Lunatic asylums Central Provinces reports 1874-1885 - 1874-1885
Year: 1874
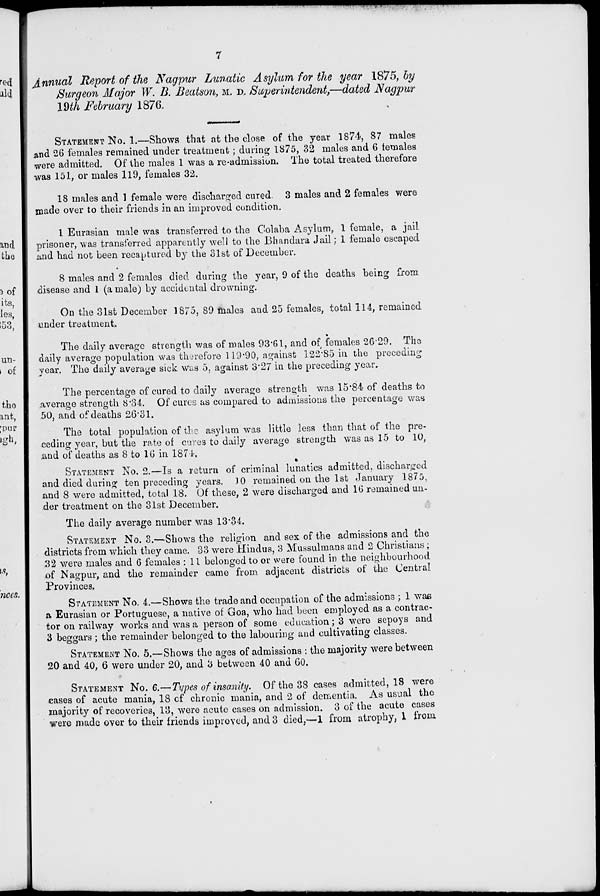
7
Annual Report of the Nagpur Lunatic Asylum for the year 1875, by
Surgeon Major W. B. Beatson, M. D. Superintendent,—dated Nagpur
19th February 1876.
STATEMENT No. 1.—Shows that at the close of the year 1874, 87 males
and 26 females remained under treatment ; during 1875, 32 males and 6 females
were admitted. Of the males 1 was a re-admission. The total treated therefore
was 151, or males 119, females 32.
18 males and 1 female were discharged cured. 3 males and 2 females were
made over to their friends in an improved condition.
1 Eurasian male was transferred to the Colaba Asylum, 1 female, a jail
prisoner, was transferred apparently well to the Bhandara Jail; 1 female escaped
and had not been recaptured by the 31st of December.
8 males and 2 females died during the year, 9 of the deaths being from
disease and 1 (a male) by accidental drowning.
On the 31st December 1875, 89 males and 25 females, total 114, remained
under treatment.
The daily average strength was of males 93.61, and of females 26.29. The
daily average population was therefore 119.90, against 122.85 in the preceding
year. The daily average sick was 5, against 3.27 in the preceding year.
The percentage of cured to daily average strength was 15.84 of deaths to
average strength 8.34. Of cures as compared to admissions the percentage was
50, and of deaths 26.31.
The total population of the asylum was little less than that of the pre-
ceding year, but the rate of cures to daily average strength was as 15 to 10,
and of deaths as 8 to 16 in 1874.
STATEMENT No. 2.—Is a return of criminal lunatics admitted, discharged
and died during ten preceding years. 10 remained on the 1st January 1875,
and 8 were admitted, total 18. Of these, 2 were discharged and 16 remained un-
der treatment on the 31st December.
The daily average number was 13.34.
STATEMENT No. 3.—Shows the religion and sex of the admissions and the
districts from which they came. 33 were Hindus, 3 Mussulmans and 2 Christians ;
32 were males and 6 females : 11 belonged to or were found in the neighbourhood
of Nagpur, and the remainder came from adjacent districts of the Central
Provinces.
STATEMENT No. 4.—Shows the trade and occupation of the admissions ; 1 was
a Eurasian or Portuguese, a native of Goa, who had been employed as a contract-
tor on railway works and was a person of some education; 3 were sepoys and
3 beggars; the remainder belonged to the labouring and cultivating classes.
STATEMENT No. 5,—Shows the ages of admissions : the majority were between
20 and 40, 6 were under 20, and 3 between 40 and 60.
STATEMENT No. 6.—Types of insanity. Of the 38 cases admitted, 18 were
cases of acute mania, 18 of chronic mania, and 2 of dementia. As usual the
majority of recoveries, 13, were acute cases on admission. 3 of the acute cases
were made over to their friends improved, and 3 died,—1 from atrophy, 1 from